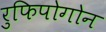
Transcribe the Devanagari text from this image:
रुफिपोगोन